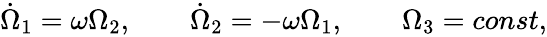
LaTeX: \begin{array}{r}{\dot{\Omega}_{1}=\omega\Omega_{2},\qquad\dot{\Omega}_{2}=-\omega\Omega_{1},\qquad\Omega_{3}=const,}\end{array}